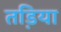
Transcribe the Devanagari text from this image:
तडि़या